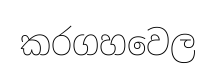
කරගහවෙල